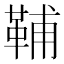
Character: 𩊬